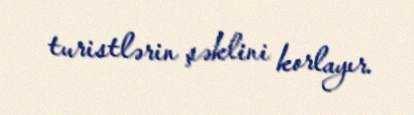
turistlərin şəklini korlayır.